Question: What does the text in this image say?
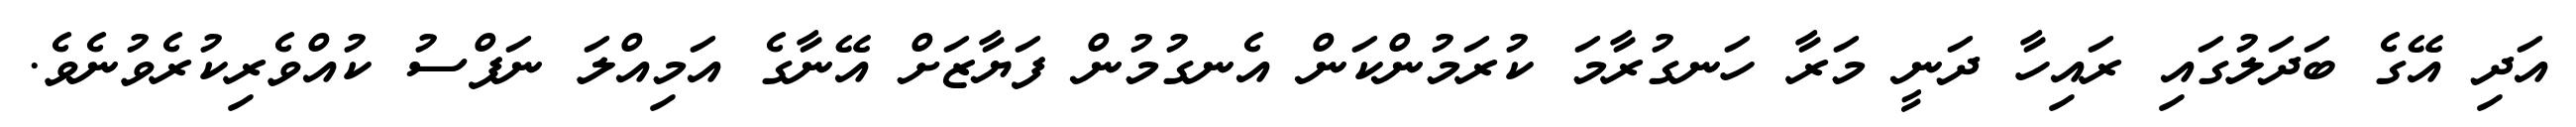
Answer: އަދި އޭގެ ބަދަލުގައި ރައިހާ ދަނީ މަރާ ހަނގުރާމަ ކުރަމުންކަން އެނގުމުން ފަޔާޒަށް އޭނާގެ އަމިއްލަ ނަފްސު ކުއްވެރިކުރެވުނެވެ.